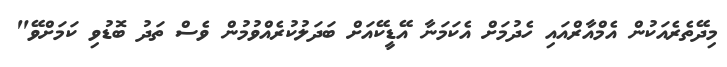
މިދޭތެރެއަކުން އެމްއާރްއައި ހެދުމަށް އެކަމަނާ އޭޑީކޭއަށް ބަދަލުކުރެއްވުމުން ވެސް ތަދު ބޮޑުވި ކަަމަށްވޭ"